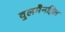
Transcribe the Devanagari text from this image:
वुलमैनहिल